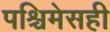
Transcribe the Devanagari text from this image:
पश्चिमेसही